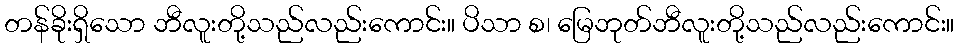
တန်ခိုးရှိသော ဘီလူးတို့သည်လည်းကောင်း။ ပိသာ စ၊ မြေဘုတ်ဘီလူးတို့သည်လည်းကောင်း။